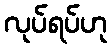
လုပ်ရပ်ဟု